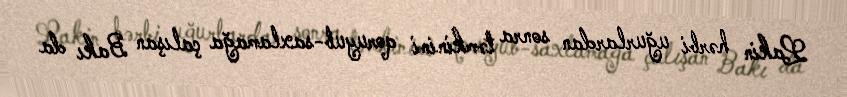
Lakin hərbi uğurlardan sonra təmkinini qoruyub-saxlamağa çalışan Bakı da